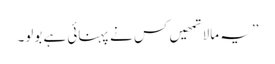
’’ یہ مالا تمھیں کس نے پہنائی ہے بولو۔